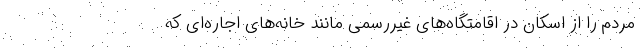
مردم را از اسکان در اقامتگاه‌های غیررسمی مانند خانه‌های اجاره‌ای که